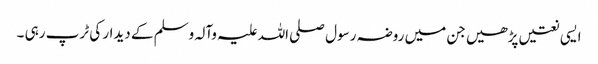
ایسی نعتیں پڑھیں جن میں روضہ رسول صلی اللہ علیہ وآلہ وسلم کے دیدار کی ٹرپ رہی ۔